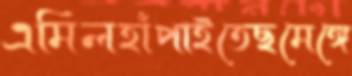
এমিলহাঁপাইতেছমেঙ্গে